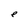
Character: e